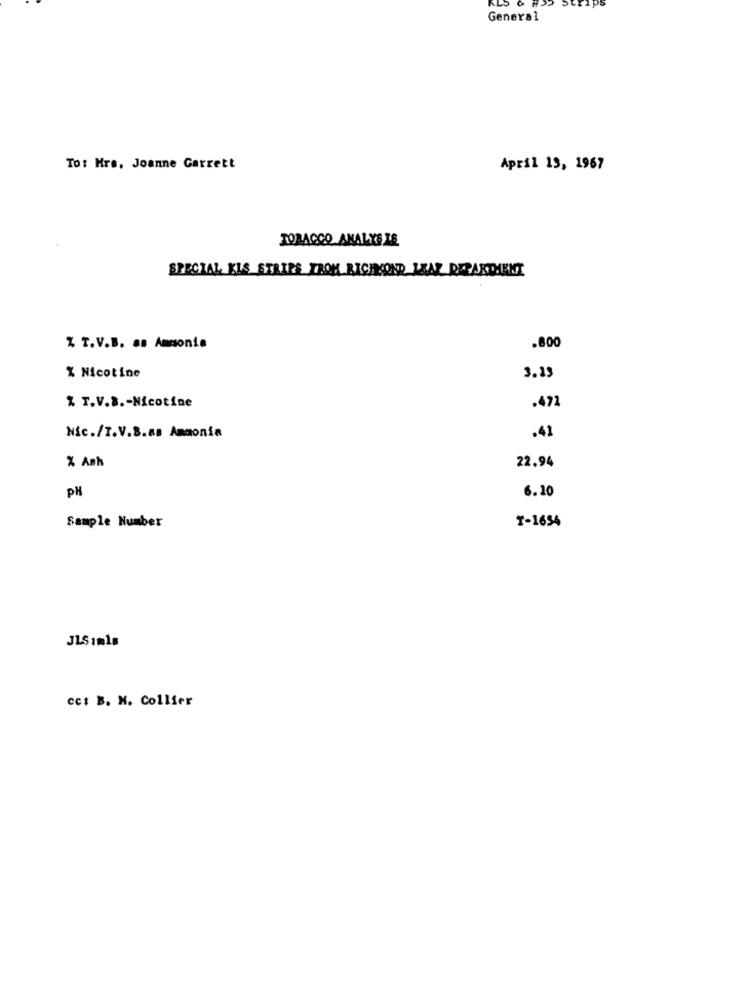
General
To: Hra, Joanne Garrett
April 13, 1967
TOBACCO ANALYSIS
SPECIAL KLS STAIRS FROM RICHMOND LEAL DEPARTMENT
% T.V.B. as Ammonia
.800
% Nicotine
3.15
% T.V.B .- Nicotine
.471
Nic./T.V.B.as Ammonia
.41
% Ash
22.94
PH
6.10
T-1654
Sample Number
JLS Im18
cc: B. N. Collier